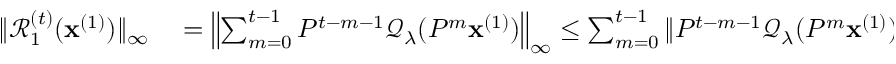
\begin{array} { r l } { \| \mathcal { R } _ { 1 } ^ { ( t ) } ( \mathbf { x } ^ { ( 1 ) } ) \| _ { \infty } } & { { } = \left\| \sum _ { m = 0 } ^ { t - 1 } P ^ { t - m - 1 } \mathcal { Q } _ { \lambda } ( P ^ { m } \mathbf { x } ^ { ( 1 ) } ) \right\| _ { \infty } \leq \sum _ { m = 0 } ^ { t - 1 } \| P ^ { t - m - 1 } \mathcal { Q } _ { \lambda } ( P ^ { m } \mathbf { x } ^ { ( 1 ) } ) \| _ { \infty } } \end{array}